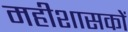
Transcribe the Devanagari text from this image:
महीशासकों